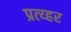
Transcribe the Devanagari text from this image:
प्रत्य्हर